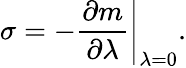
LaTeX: \sigma=-\left.\frac{\partial m}{\partial\lambda}\right|_{\lambda=0}.